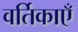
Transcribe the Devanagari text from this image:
वर्तिकाएँ